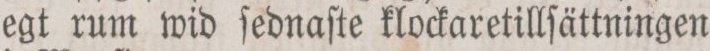
egt rum wid ſednaſte klockaretillſättningen